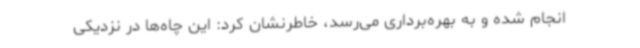
انجام شده و به بهره‌برداری می‌رسد، خاطرنشان کرد: این چاه‌ها در نزدیکی